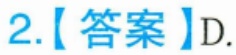
2.【答案】D.